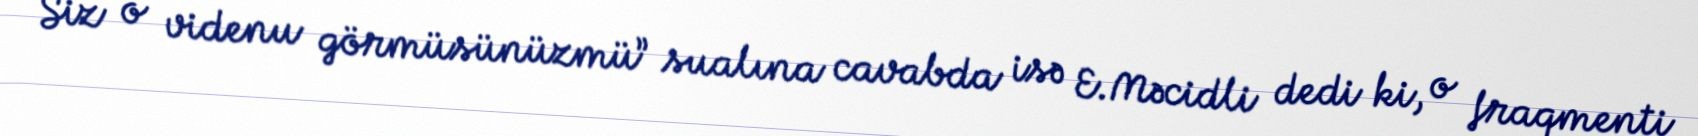
Siz o videnu görmüsünüzmü” sualına cavabda isə E.Məcidli dedi ki, o fraqmenti